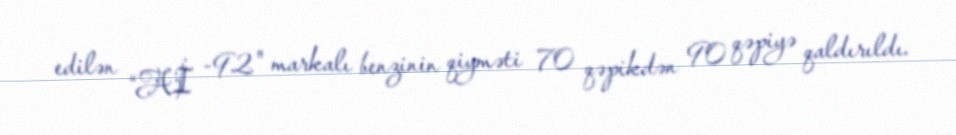
edilən “Aİ -92" markalı benzinin qiyməti 70 qəpikdən 90 qəpiyə qaldırıldı.